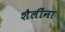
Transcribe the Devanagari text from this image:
शैलींना